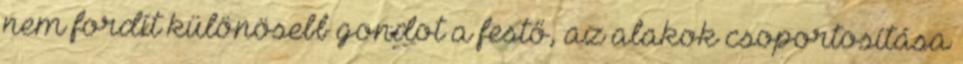
nem fordít különösebb gondot a festő, az alakok csoportosítása